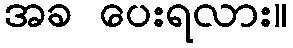
အခ ပေးရလား။